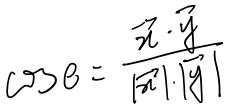
\(\cos\theta = \frac{\vec{x} \cdot \vec{y}}{\vert\vec{x}\vert \cdot \vert\vec{y}\vert}\)